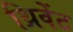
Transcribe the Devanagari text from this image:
थ्रिवेंट